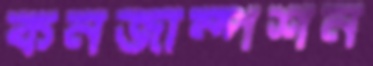
কনজাম্পশন